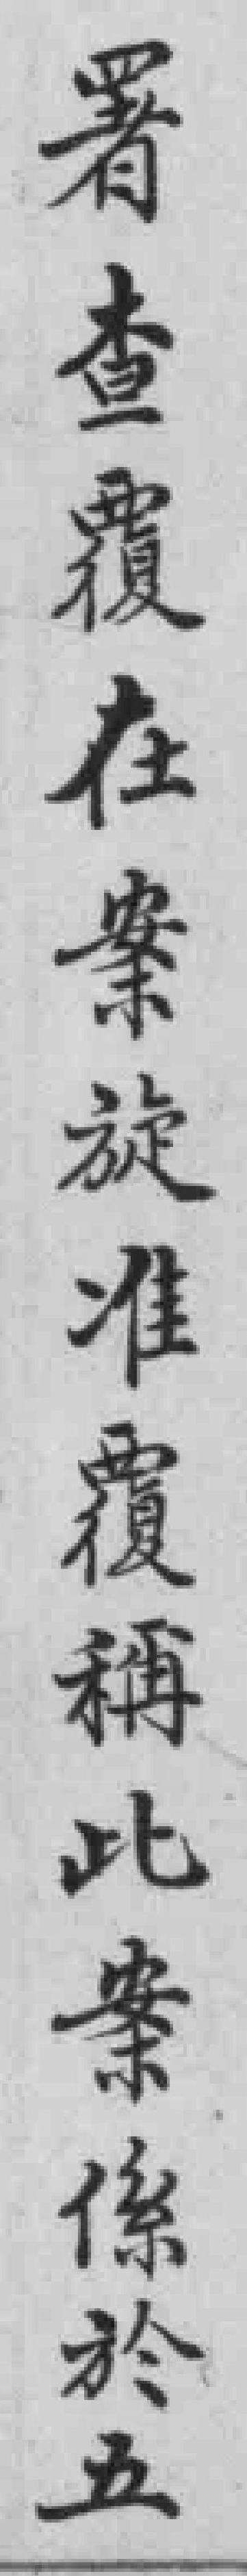
署查覆在案旋准覆稱此案係於五